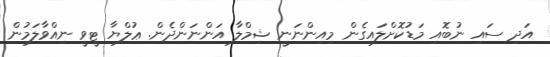
އަދި ސައި ނުބޮއި މަޑުކޮށްލައިގެން މިއިންނަނީ ޝިމްލާ އަންނަންދެން. ޢުލްޔާ ޓީވީ ނިއްވާލަމުން